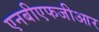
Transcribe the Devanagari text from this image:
एनबीएफजीआर